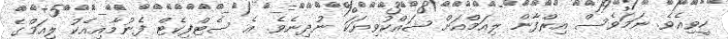
ހީވިއެވެ. ނަމަވެސް އިރްފާން ލިއަމްއަށް ޝައްކުވިޔަކަ ނުދިނެވެ. އެ ސެޓްފިކެޓް ފެނުމާއިއެކު ލިއަމްގެ